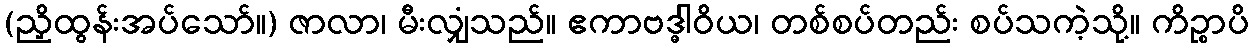
(ညှိထွန်းအပ်သော်။) ဇာလာ၊ မီးလျှံသည်။ ဧကာဗဒ္ဓါဝိယ၊ တစ်စပ်တည်း စပ်သကဲ့သို့။ ကိဉ္စာပိ